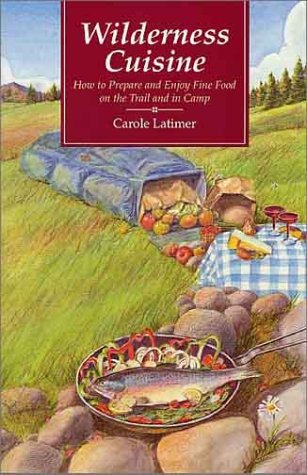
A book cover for Wilderness Cuisine: How to Prepare and Enjoy Find Food on the Trail and in Camp (Cookbooks and Restaurant Guides); Carole Latimer; Cookbooks, Food & Wine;